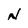
Character: N